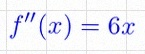
f''(x)=6x